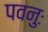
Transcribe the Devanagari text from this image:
पवनुः